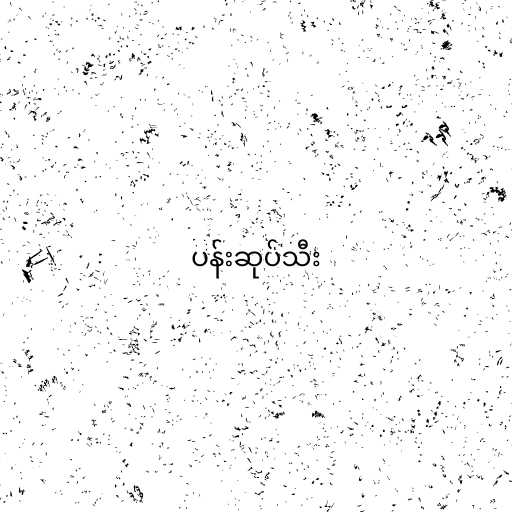
ပန်းဆုပ်သီး